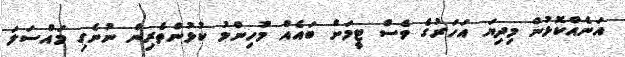
އަނެއްކޮޅުން މިދިޔަ އަހަރުގެ ވެސް ޓީމަށް ބައެއް މުހިންމު ކުޅުންތެރިން ނުނެގި މައްސަލަ